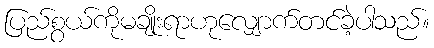
ပြည်စွယ်ကိုမချိုးရာဟုလျှောက်တင်ခဲ့ပါသည်။